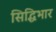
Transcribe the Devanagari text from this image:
सिद्धिभार